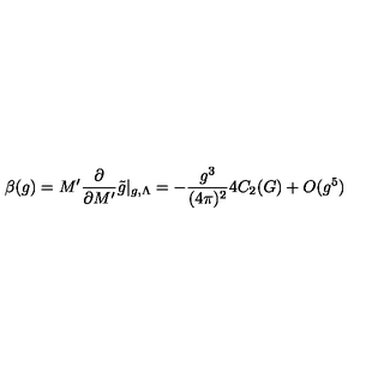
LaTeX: \beta ( g ) = M ^ { \prime } \frac { \partial } { \partial M ^ { \prime } } \tilde { g } | _ { g , \Lambda } = - \frac { g ^ { 3 } } { ( 4 \pi ) ^ { 2 } } 4 C _ { 2 } ( G ) + O ( g ^ { 5 } )